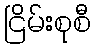
ငြိမ်းစုစီ